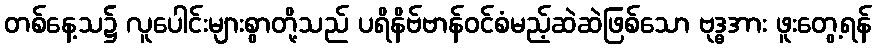
တစ်နေ့သ၌ လူပေါင်းများစွာတို့သည် ပရိနိဗ်ဗာန်ဝင်စံမည့်ဆဲဆဲဖြစ်သော ဗုဒ္ဓအား ဖူးတွေ့ရန်